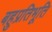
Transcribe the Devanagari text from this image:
बहुप्रतिभूति